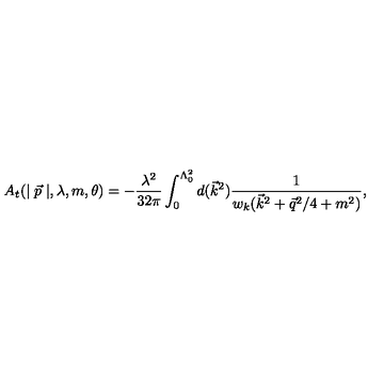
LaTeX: A _ { t } ( \mid \vec { p } \mid , \lambda , m , \theta ) = - \frac { \lambda ^ { 2 } } { 3 2 \pi } \int _ { 0 } ^ { \Lambda _ { 0 } ^ { 2 } } d ( \vec { k } ^ { 2 } ) \frac 1 { w _ { k } ( \vec { k } ^ { 2 } + \vec { q } ^ { 2 } / 4 + m ^ { 2 } ) } ,